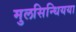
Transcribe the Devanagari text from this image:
मुलसिन्धियया